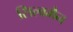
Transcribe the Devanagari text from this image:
सिल्वमैन